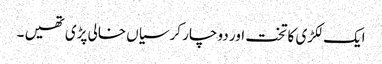
ایک لکڑی کا تخت اور دو چار کرسیاں خالی پڑی تھیں ۔